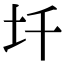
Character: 圲